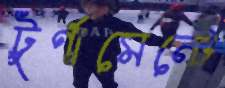
টুর্ণামেন্টে